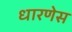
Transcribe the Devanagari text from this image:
धारणेस